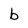
Character: b